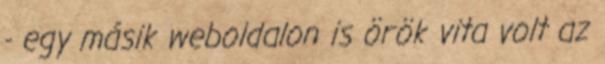
- egy másik weboldalon is örök vita volt az